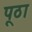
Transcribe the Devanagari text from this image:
पूठा